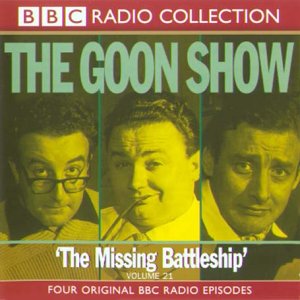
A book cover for The Goon Show Classics Volume 21 "The Missing Battleship" (BBC Radio Collection) (Vol 21); Spike Milligan; Humor & Entertainment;